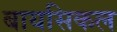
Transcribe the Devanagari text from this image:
बायसिकल